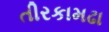
તીરકામઢા